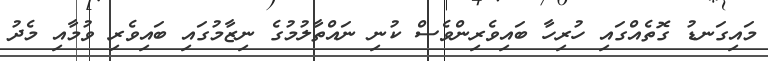
މައިގަނޑު ގޮތެއްގައި ހުރިހާ ބައިވެރިންވެސް ކުނި ނައްތާލުމުގެ ނިޒާމުގައި ބައިވެރި ވުމާއި މެދު